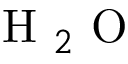
\textrm { H } _ { 2 } \textrm { O }